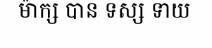
ម៉ាក្ស បាន ទស្ស ទាយ